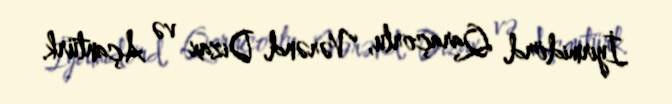
İyirmidörd, Qaraçorlu, Vərənd, Dizax və Açantürk.